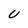
Character: U